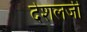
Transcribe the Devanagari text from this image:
देशलजी